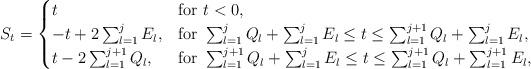
LaTeX: \begin{align*}S_{t}=\begin{cases}t&\mbox{for }t<0,\\-t+2\sum_{l=1}^j{E}_l,&\mbox{for }\sum_{l=1}^j Q_l+\sum_{l=1}^j{E}_l\leq t\leq\sum_{l=1}^{j+1}Q_l+\sum_{l=1}^j{E}_l,\\t-2\sum_{l=1}^{j+1}Q_l,&\mbox{for }\sum_{l=1}^{j+1}Q_l+\sum_{l=1}^j{E}_l\leq t\leq\sum_{l=1}^{j+1}Q_l+\sum_{l=1}^{j+1}{E}_l,\end{cases}\end{align*}